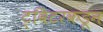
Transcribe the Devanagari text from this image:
ट्विटरकडून